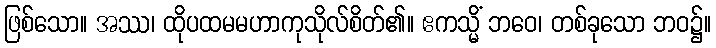
ဖြစ်သော။ အဿ၊ ထိုပထမမဟာကုသိုလ်စိတ်၏။ ဧကသ္မိံ ဘဝေ၊ တစ်ခုသော ဘဝ၌။